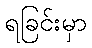
ရခြင်းမှာ